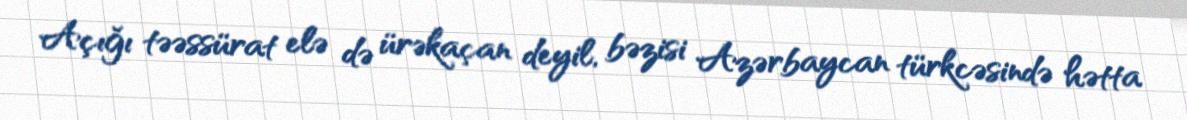
Açığı təəssürat elə də ürəkaçan deyil, bəzisi Azərbaycan türkcəsində hətta